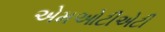
એમઓટીએટી